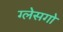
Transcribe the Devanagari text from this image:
ग्लेसगो